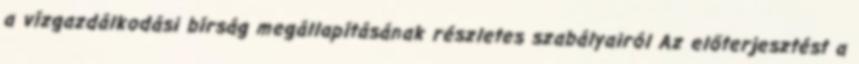
a vízgazdálkodási bírság megállapításának részletes szabályairól Az előterjesztést a